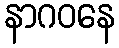
နာဂဝနေ